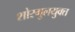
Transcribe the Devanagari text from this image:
शोरगुलयुक्त